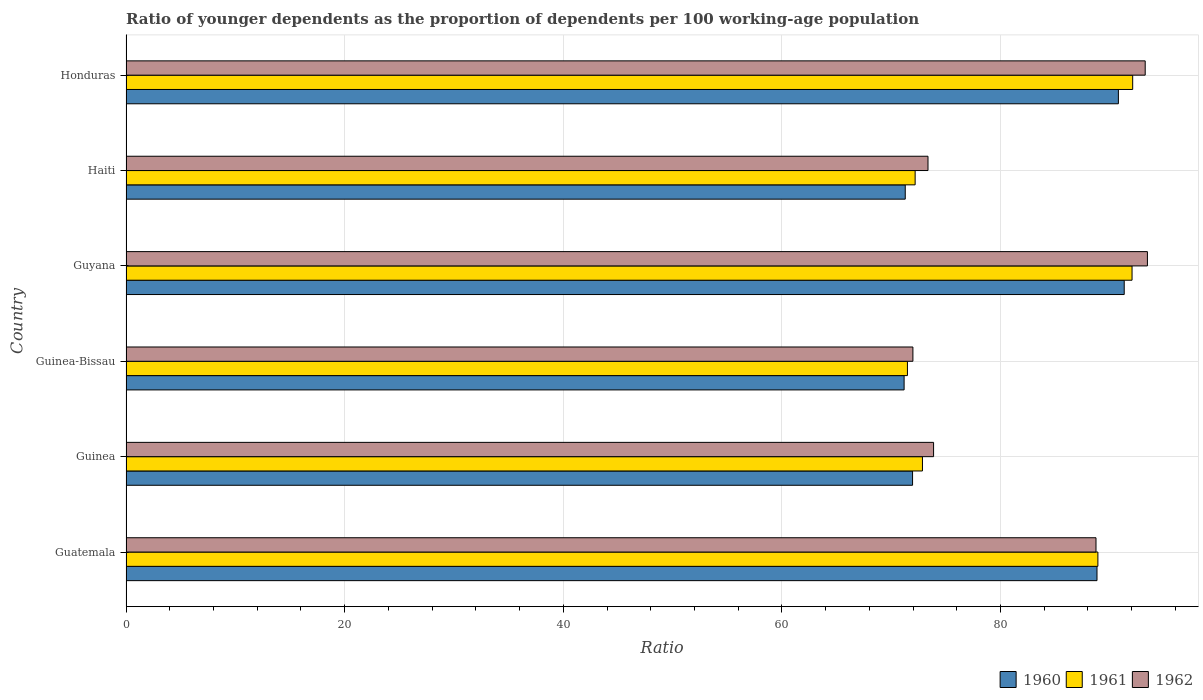
| Country | 1960 | 1961 | 1962 |
 | --- | --- | --- | --- |
 | Guatemala | 88.8 | 88.9 | 88.7 |
 | Guinea | 72 | 72.9 | 73.9 |
 | Guinea-Bissau | 71.2 | 71.5 | 72 |
 | Guyana | 91.3 | 92 | 93.4 |
 | Haiti | 71.3 | 72.2 | 73.4 |
 | Honduras | 90.8 | 92.1 | 93.2 |